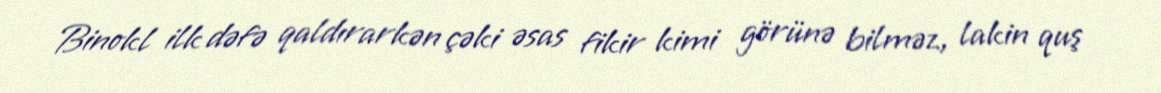
Binokl ilk dəfə qaldırarkən çəki əsas fikir kimi görünə bilməz, lakin quş